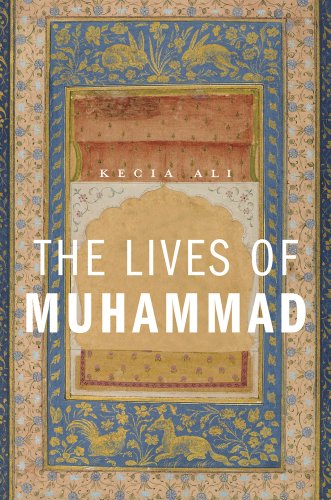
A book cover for The Lives of Muhammad; Kecia Ali; Religion & Spirituality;